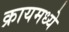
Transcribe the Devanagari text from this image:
क्रायमध्ये